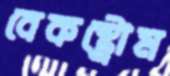
বেকস্ট্রোম